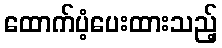
ထောက်ပံ့ပေးထားသည့်